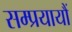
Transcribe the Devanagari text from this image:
सम्प्रयायौं